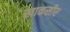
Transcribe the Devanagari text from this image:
खाकसीर